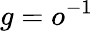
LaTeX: g=o^{-1}